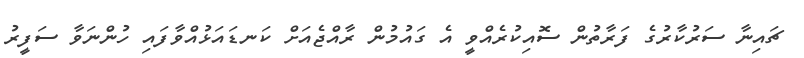
ޗައިނާ ސަރުކާރުގެ ފަރާތުން ސޮއިކުރެއްވީ އެ ގައުމުން ރާއްޖެއަށް ކަނޑައަޅުއްވާފައި ހުންނަވާ ސަފީރު